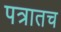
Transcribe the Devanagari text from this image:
पत्रातच